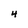
Character: 4